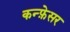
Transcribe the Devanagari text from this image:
कन्फ़ेसर